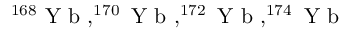
^ { 1 6 8 } \mathrm { ~ Y ~ b ~ } , ^ { 1 7 0 } \mathrm { ~ Y ~ b ~ } , ^ { 1 7 2 } \mathrm { ~ Y ~ b ~ } , ^ { 1 7 4 } \mathrm { ~ Y ~ b ~ }